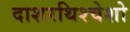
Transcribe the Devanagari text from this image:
दाशरथिश्‍चेशो